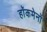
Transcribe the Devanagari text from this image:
हाॅकमेनों